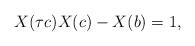
LaTeX: \begin{align*} X( \tau c )X( c ) - X( b ) = 1,\end{align*}